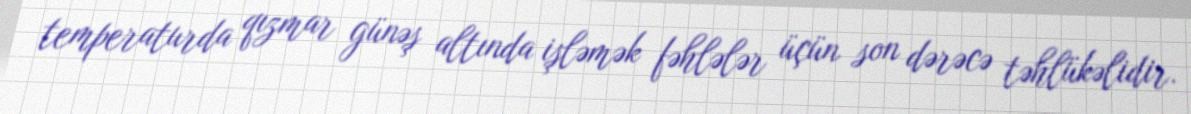
temperaturda qızmar günəş altında işləmək fəhlələr üçün son dərəcə təhlükəlidir.